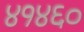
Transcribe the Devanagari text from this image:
४१४६०